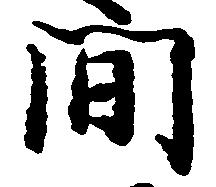
間